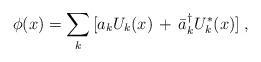
LaTeX: \begin{align*} \phi(x)=\sum_{k} \, [a_{k}U_k(x)\,+\,\bar{a}_k^{\dagger}U_k^{*}(x)] \;,\end{align*}